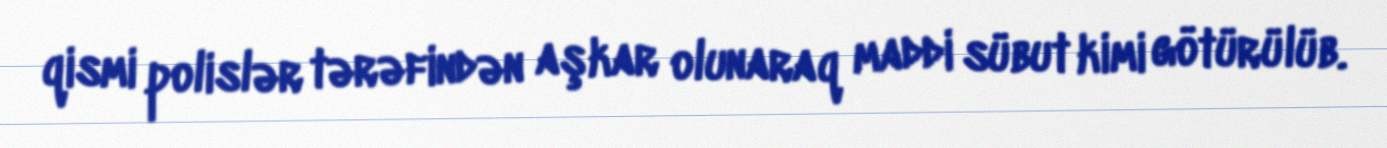
qismi polislər tərəfindən aşkar olunaraq maddi sübut kimi götürülüb.